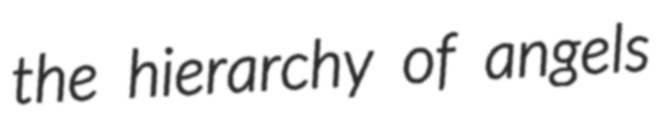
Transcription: the hierarchy of angels